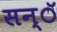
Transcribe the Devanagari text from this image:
सन्ॅ